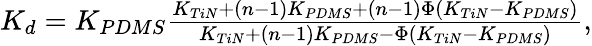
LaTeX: \begin{array}{r}{K_{d}=K_{PDMS}\frac{K_{TiN}+(n-1)K_{PDMS}+(n-1)\Phi\left(K_{TiN}-K_{PDMS}\right)}{K_{TiN}+(n-1)K_{PDMS}-\Phi\left(K_{TiN}-K_{PDMS}\right)},}\end{array}